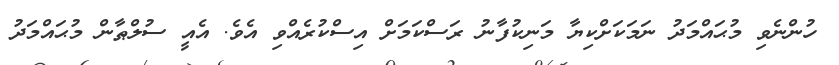
ހުންނެވި މުޙައްމަދު ނަމަކަށްކިޔާ މަނިކުފާނު ރަސްކަމަށް އިސްކުރެއްވި އެވެ. އެއީ ސުލްޠާން މުޙައްމަދު